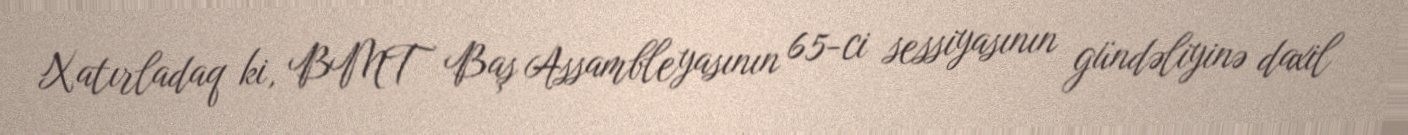
Xatırladaq ki, BMT Baş Assambleyasının 65-ci sessiyasının gündəliyinə daxil